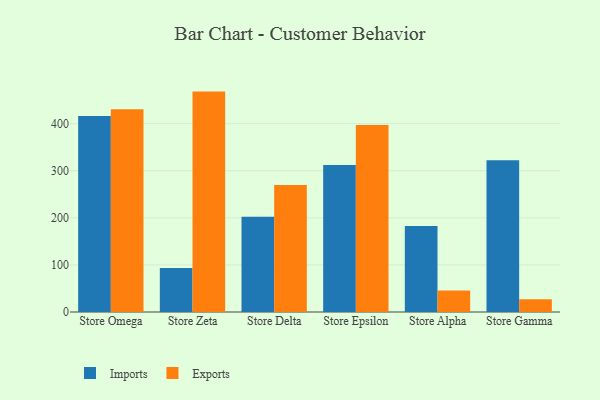
{"axis": {"x": "Store", "y": "Latency (ms)"}, "legend": ["Exports", "Imports"], "data": [{"x": "Store Omega", "y": 416.4, "type": "Imports"}, {"x": "Store Omega", "y": 430.3, "type": "Exports"}, {"x": "Store Zeta", "y": 93.5, "type": "Imports"}, {"x": "Store Zeta", "y": 468.0, "type": "Exports"}, {"x": "Store Delta", "y": 202.4, "type": "Imports"}, {"x": "Store Delta", "y": 269.5, "type": "Exports"}, {"x": "Store Epsilon", "y": 312.3, "type": "Imports"}, {"x": "Store Epsilon", "y": 397.3, "type": "Exports"}, {"x": "Store Alpha", "y": 182.7, "type": "Imports"}, {"x": "Store Alpha", "y": 45.9, "type": "Exports"}, {"x": "Store Gamma", "y": 322.0, "type": "Imports"}, {"x": "Store Gamma", "y": 27.3, "type": "Exports"}]}